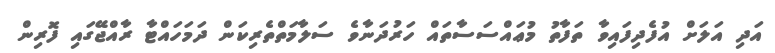
އަދި އަލަށް އުފެދިފައިވާ ތަފާތު މުޢައްސަސާތައް ހަރުދަނާވެ ސަލާމަތްތެރިކަން ދަމަހައްޓާ ރާއްޖޭގައި ފޮރިން